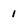
Character: 1